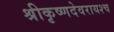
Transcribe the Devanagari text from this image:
श्रीकृष्णदेवरायश्च